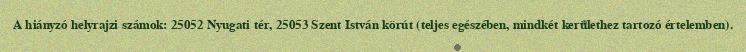
A hiányzó helyrajzi számok: 25052 Nyugati tér, 25053 Szent István körút (teljes egészében, mindkét kerülethez tartozó értelemben).